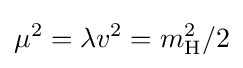
\mu ^{2}=\lambda v^{2}={m_{\rm {H}}^{2}}/2